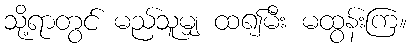
သို့ရာတွင် မည်သူမျှ ထ၍မီး မထွန်းကြ။